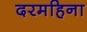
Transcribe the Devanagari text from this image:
दरमहिना